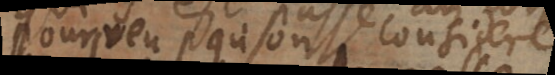
pourveu qu’on considere